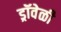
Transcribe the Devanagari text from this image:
ड्रॉवेळी